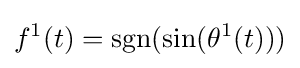
f^{1}(t)=\operatorname {sgn} (\sin(\theta ^{1}(t)))